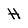
Character: H